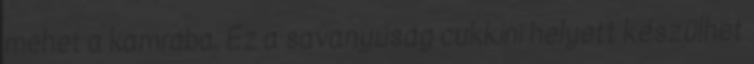
mehet a kamrába. Ez a savanyúság cukkíni helyett készülhet